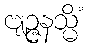
ဗျဉ္ဇနသ္မိံ